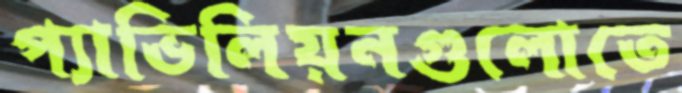
প্যাভিলিয়নগুলোতে